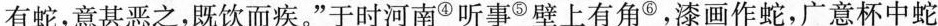
有蛇，意甚恶之，既饮而疾。”于时河南④听事⑤壁上有角⑥，漆画作蛇，广意杯中蛇